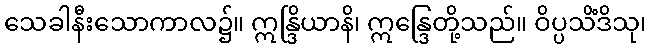
သေခါနီးသောကာလ၌။ ဣန္ဒြိယာနိ၊ ဣန္ဒြေတို့သည်။ ဝိပ္ပသိံဒိသု၊